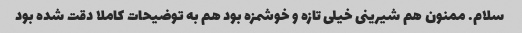
سلام. ممنون هم شیرینی خیلی تازه و خوشمزه بود هم به توضیحات کاملا دقت شده بود